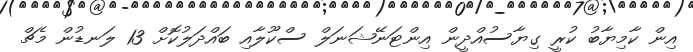
އިން ކާމިޔާބު ކުރީ ގިޔާސުއްދީން އިންޓަނޭޝަނަލް ސްކޫލާއި ބައްދަލުކޮށް 13 ލަނޑުން މެޗް